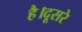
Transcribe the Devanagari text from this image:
है।दूसरे